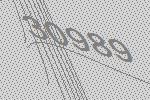
30989